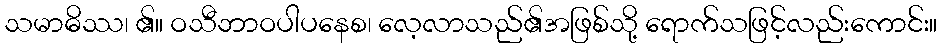
သမာဓိဿ၊ ၏။ ဝသီဘာဝပါပနေစ၊ လေ့လာသည်၏အဖြစ်သို့ ရောက်သဖြင့်လည်းကောင်း။